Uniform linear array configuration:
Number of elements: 16
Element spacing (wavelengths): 1
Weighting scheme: binomial
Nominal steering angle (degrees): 0
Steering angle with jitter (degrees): -0.8045
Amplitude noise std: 0.05
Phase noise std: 0.05

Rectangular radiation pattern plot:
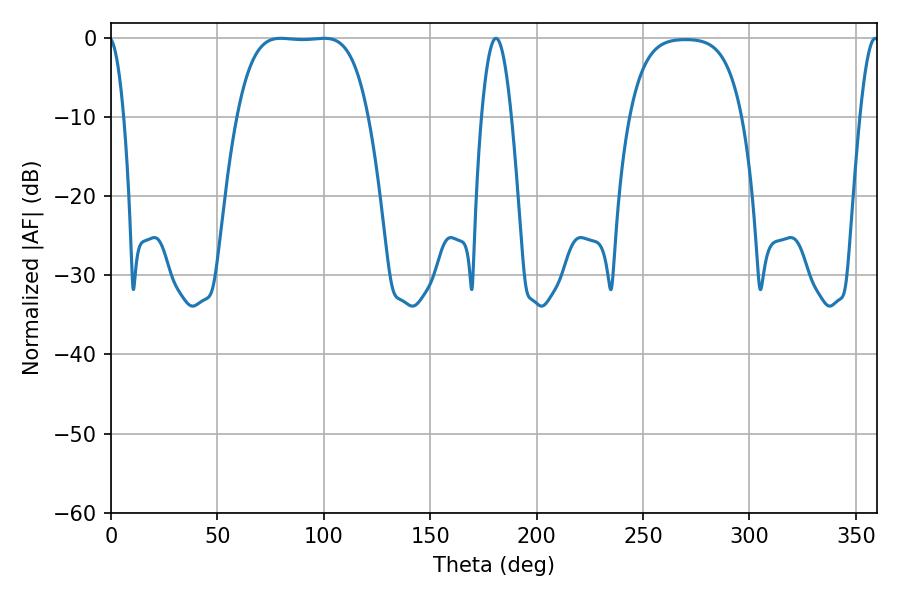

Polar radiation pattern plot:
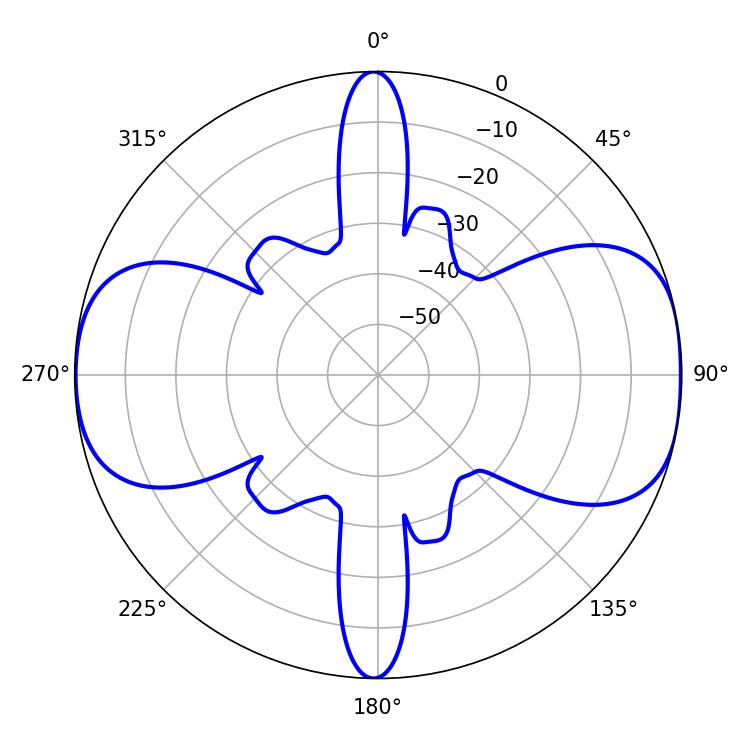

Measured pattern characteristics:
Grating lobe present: TRUE
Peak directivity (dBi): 10.334
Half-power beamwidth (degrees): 47.16
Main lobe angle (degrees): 79.74